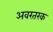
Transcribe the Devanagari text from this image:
अवरतरक